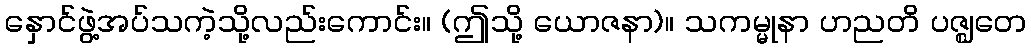
နှောင်ဖွဲ့အပ်သကဲ့သို့လည်းကောင်း။ (ဤသို့ ယောဇနာ)။ သကမ္မုနာ ဟညတိ ပဇ္ဈတေ